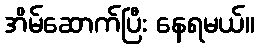
အိမ်ဆောက်ပြီး နေရမယ်။